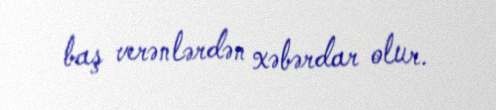
baş verənlərdən xəbərdar olur.